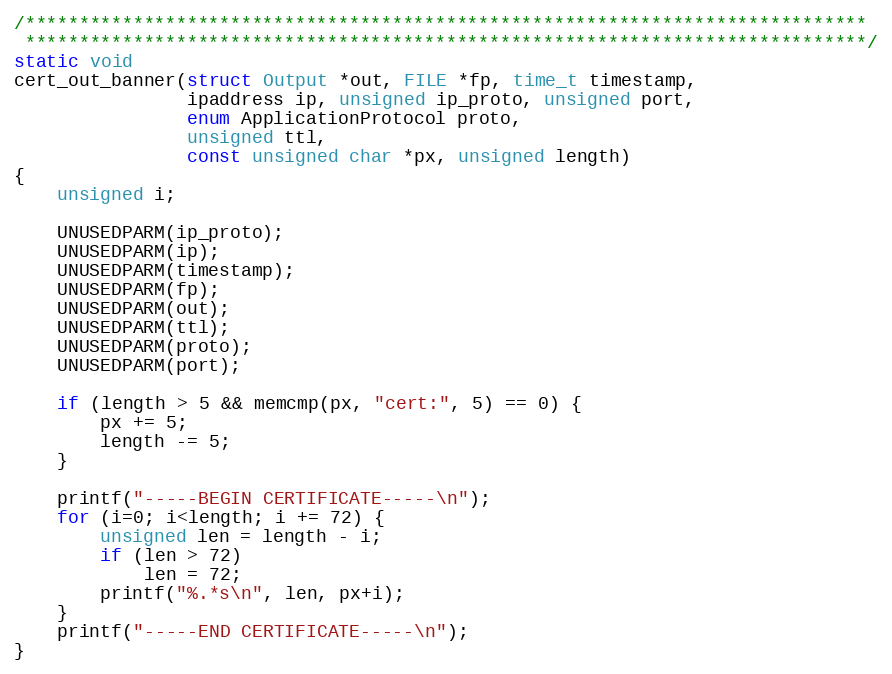
Language: C
/******************************************************************************
 ******************************************************************************/
static void
cert_out_banner(struct Output *out, FILE *fp, time_t timestamp,
                ipaddress ip, unsigned ip_proto, unsigned port,
                enum ApplicationProtocol proto,
                unsigned ttl,
                const unsigned char *px, unsigned length)
{
    unsigned i;

    UNUSEDPARM(ip_proto);
    UNUSEDPARM(ip);
    UNUSEDPARM(timestamp);
    UNUSEDPARM(fp);
    UNUSEDPARM(out);
    UNUSEDPARM(ttl);
    UNUSEDPARM(proto);
    UNUSEDPARM(port);

    if (length > 5 && memcmp(px, "cert:", 5) == 0) {
        px += 5;
        length -= 5;
    }

    printf("-----BEGIN CERTIFICATE-----\n");
    for (i=0; i<length; i += 72) {
        unsigned len = length - i;
        if (len > 72)
            len = 72;
        printf("%.*s\n", len, px+i);
    }
    printf("-----END CERTIFICATE-----\n");
}